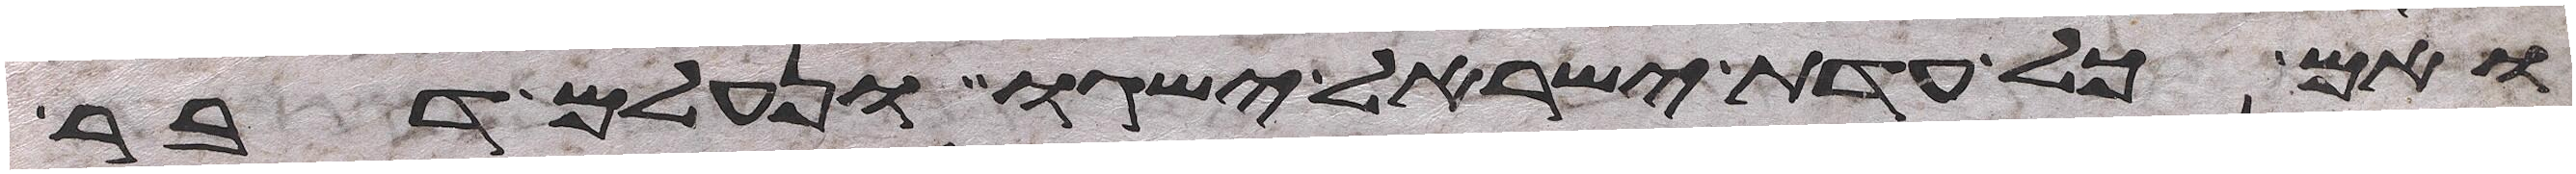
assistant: ואם כל עדת ישראל ישגו ונעלם דבר